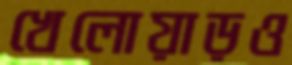
খেলোয়াড়ও